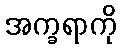
အက္ခရာကို